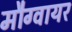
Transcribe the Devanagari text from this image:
मौग्वायर